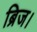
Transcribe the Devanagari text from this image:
ब्रिज।